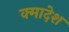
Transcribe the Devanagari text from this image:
क्मादेश